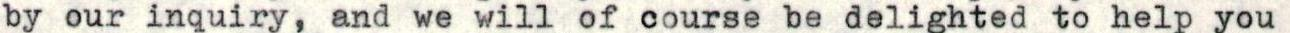
by our inquiry, and we will of course be delighted to help you